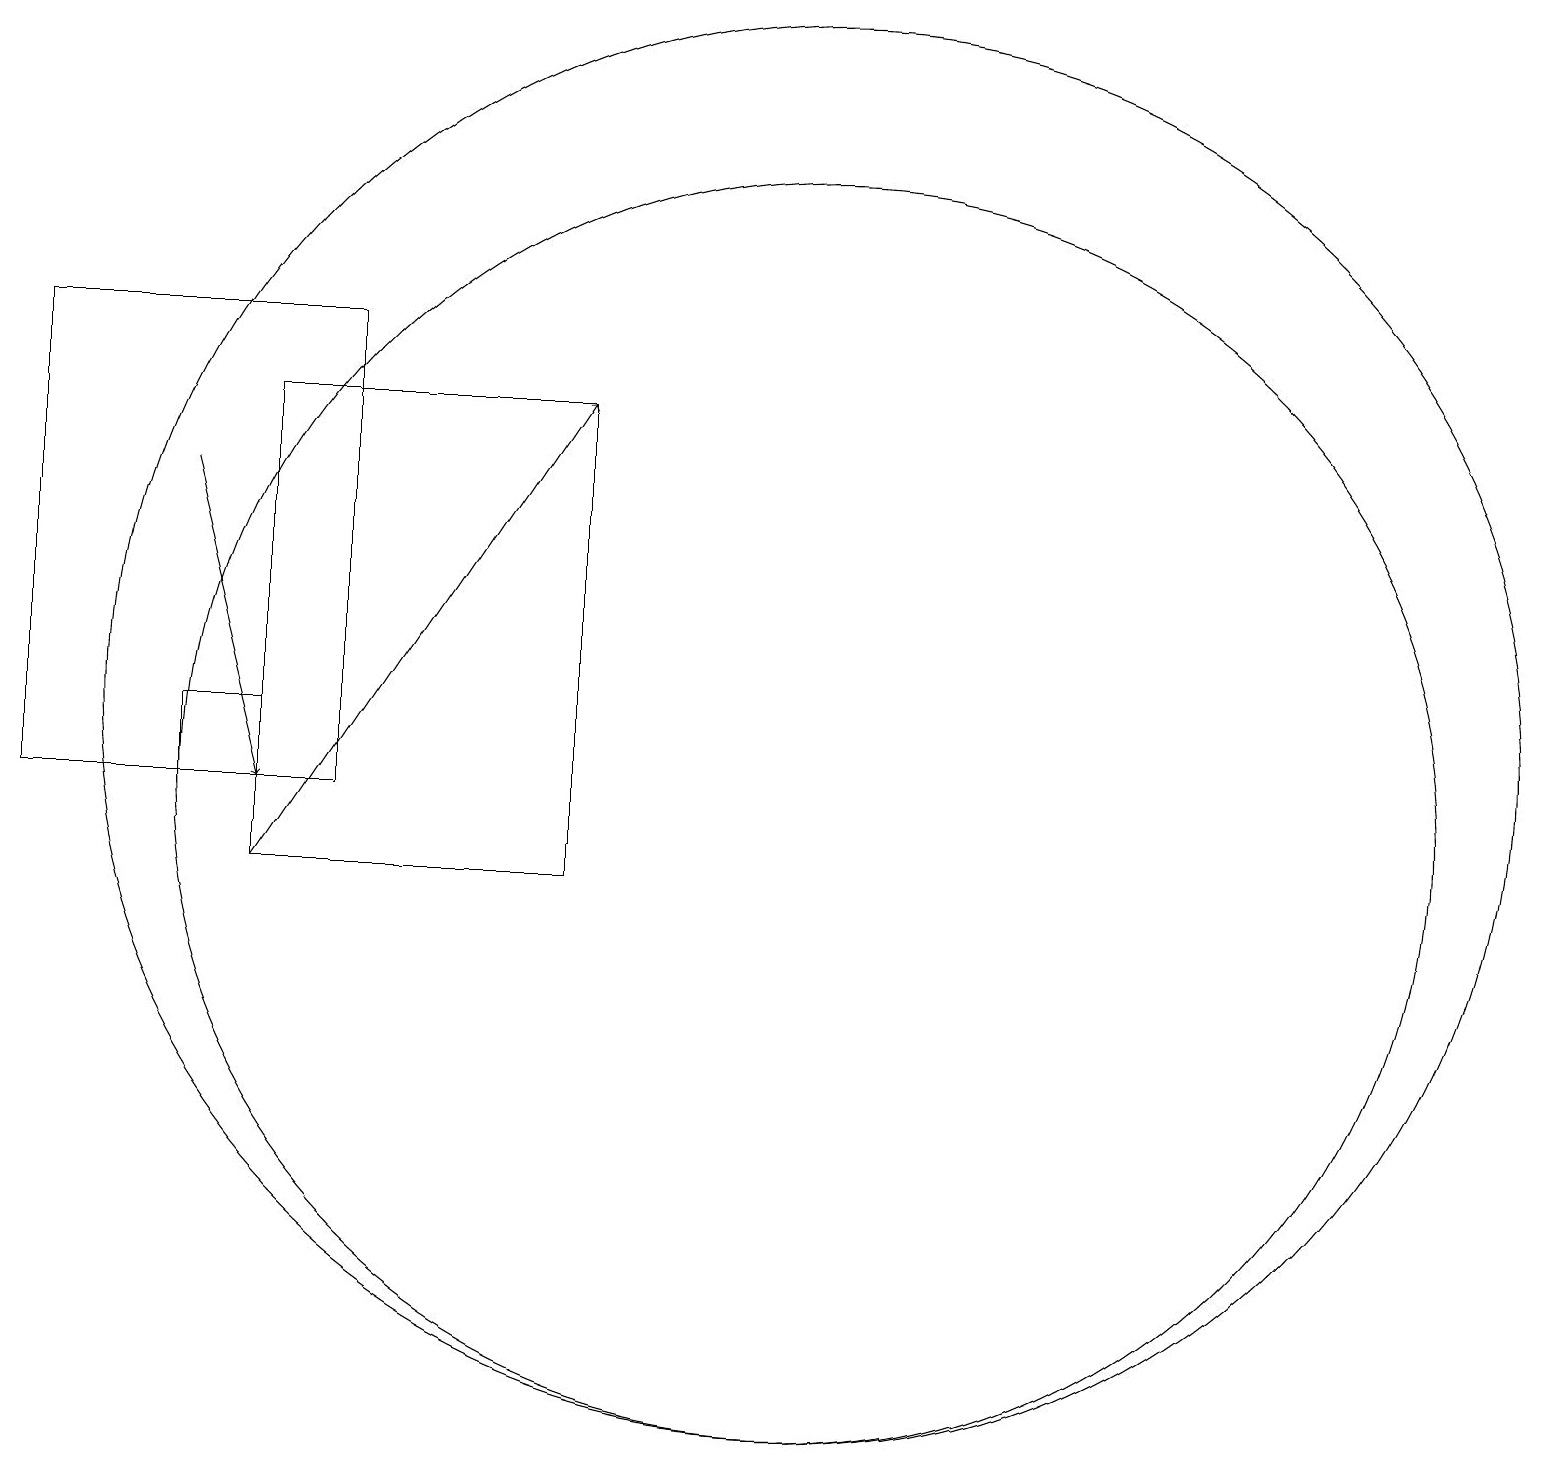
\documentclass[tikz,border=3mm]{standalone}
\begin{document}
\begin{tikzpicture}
\draw (2,17) rectangle (6,11);
\draw (5,11) rectangle (4,12);
\draw (5,10) rectangle (9,16);
\draw (12,11) circle (8);
\draw (12,12) circle (9);
\draw[->] (4,15) -- (5,11);
\draw[->] (5,10) -- (9,16);
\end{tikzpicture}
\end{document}